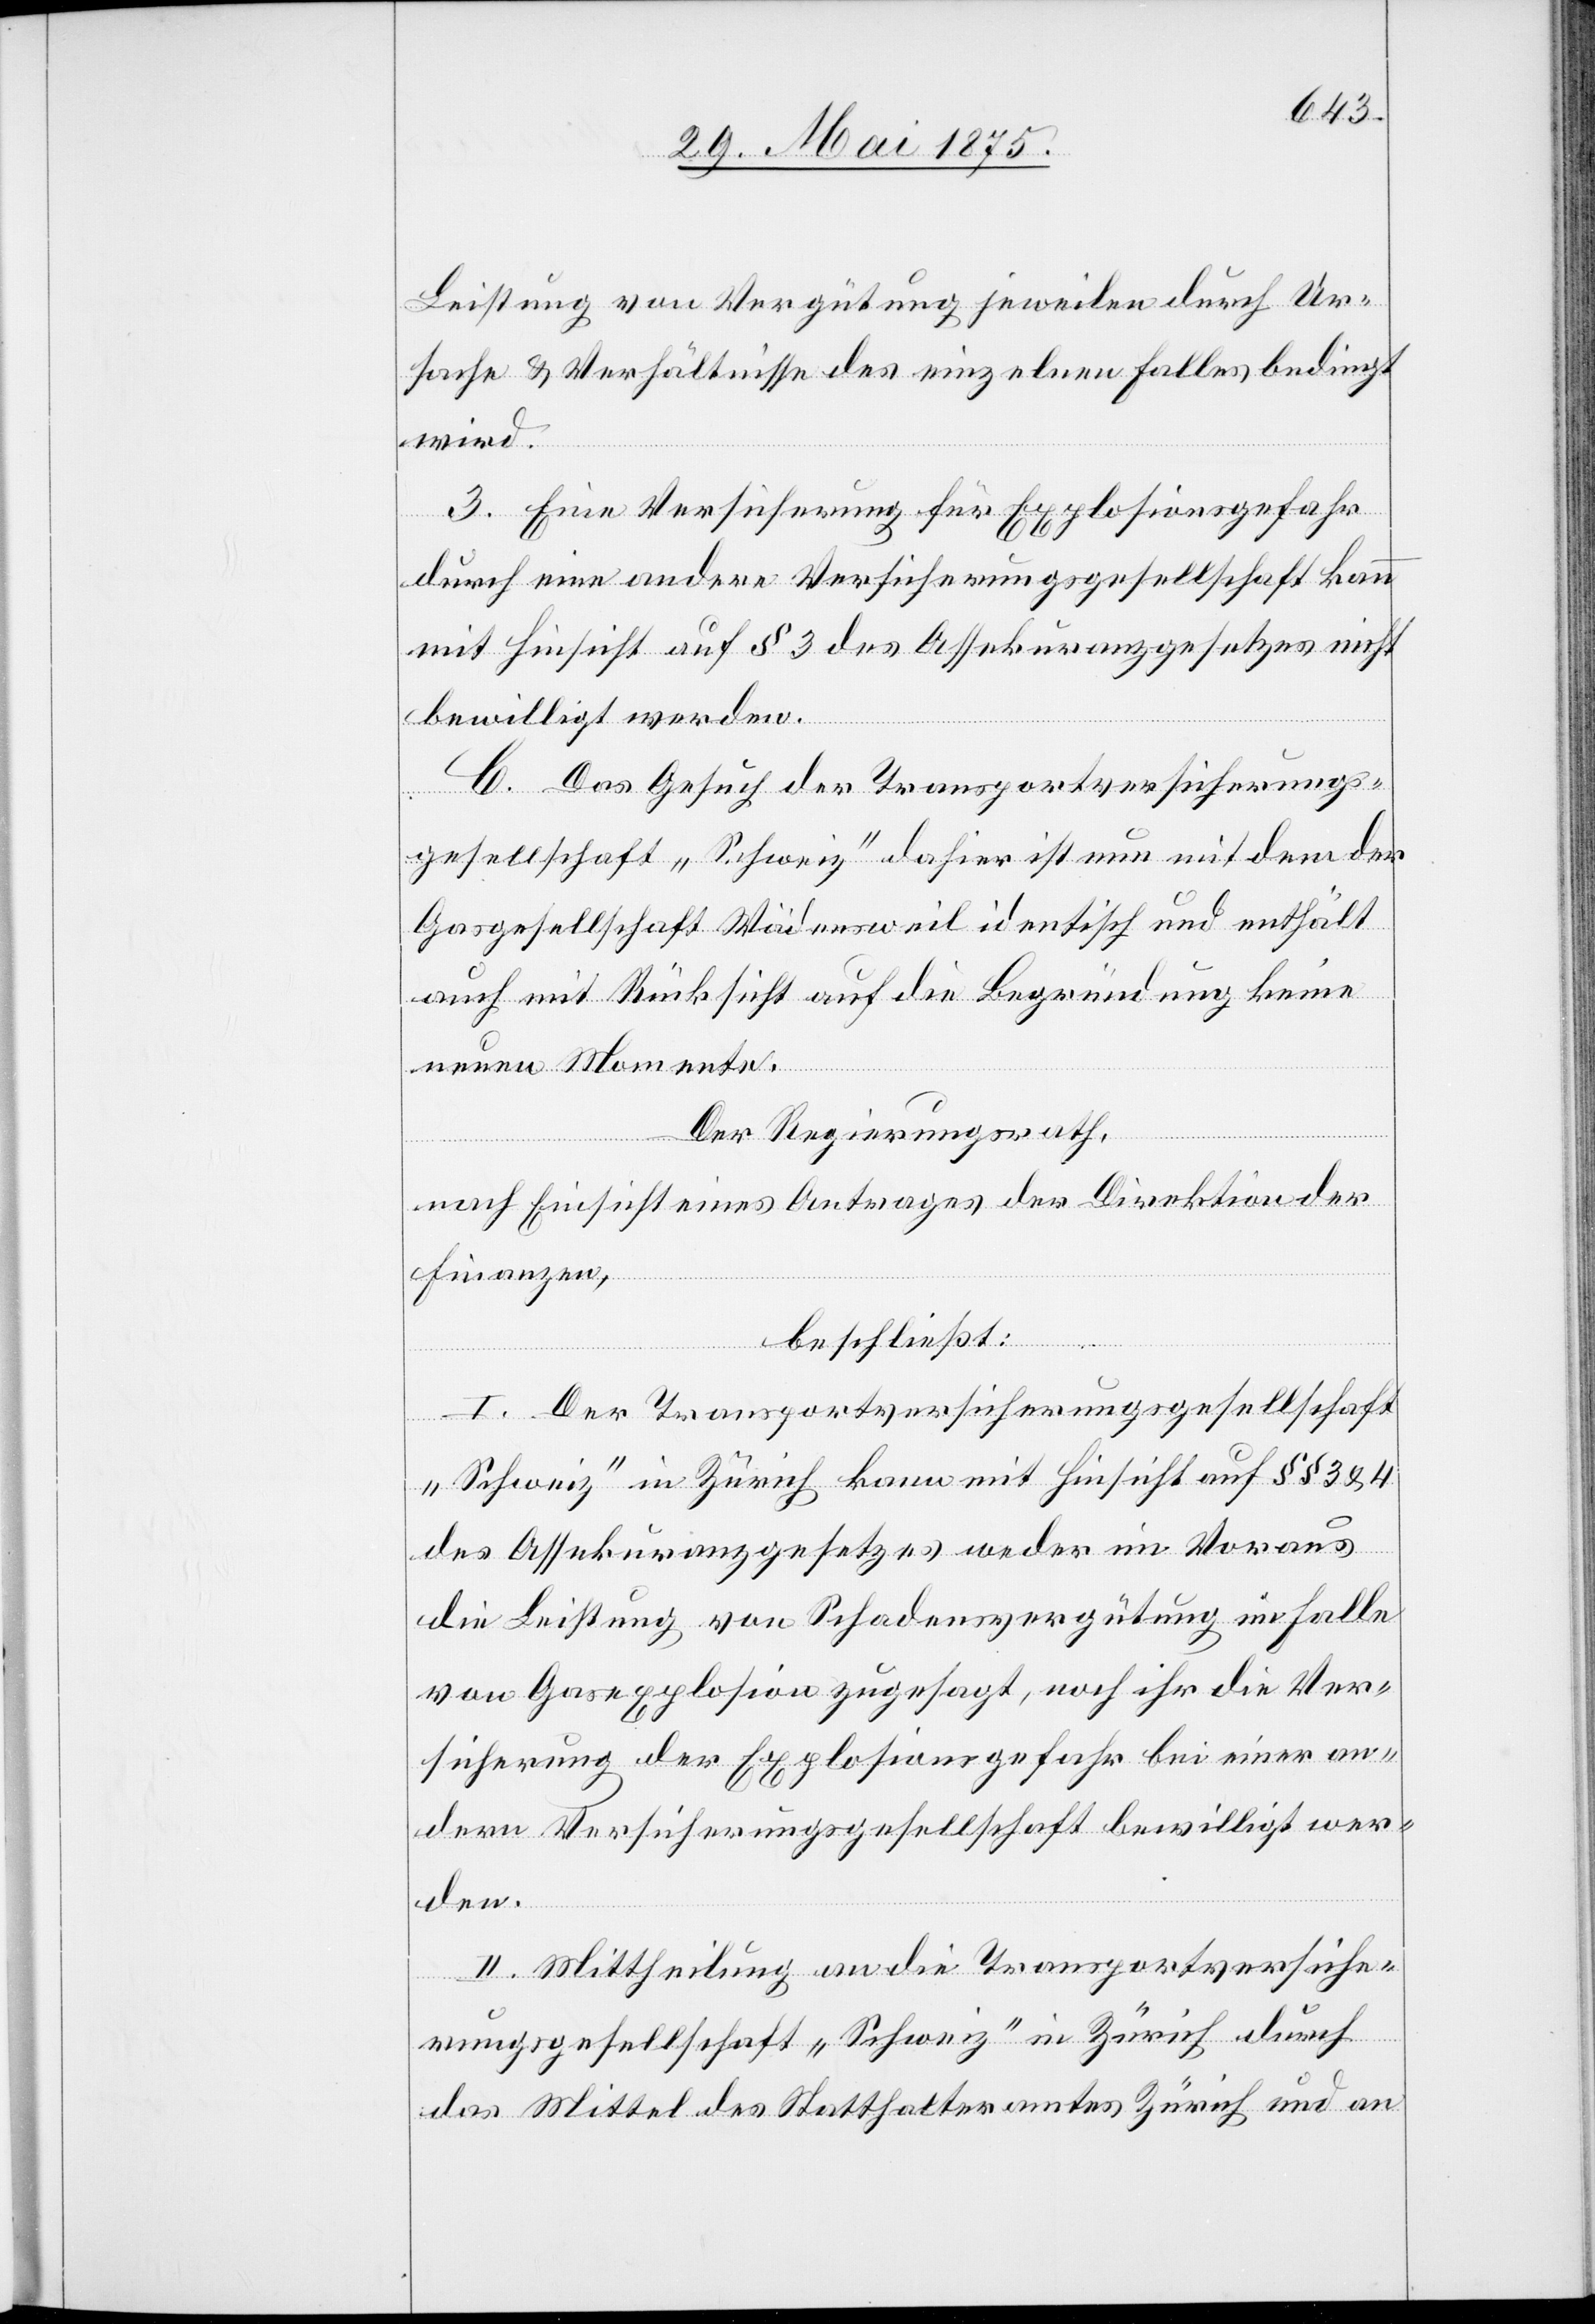
Leistung von Vergütung jeweilen durch Ur¬
sache & Verhältnisse des einzelnen Falles bedingt
wird.
3. Eine Versicherung für Explosionsgefahr
durch eine andere Versicherungsgesellschaft kann
mit Hinsicht auf § 3 des Assekuranzgesetzes nicht
bewilligt werden.
C. Das Gesuch der Transportversicherungs¬
gesellschaft „Schweiz“ dahier ist nun mit dem der
Gasgesellschaft Wädensweil identisch und enthält
auch mit Rücksicht auf die Begründung keine
neuen Momente.
Der Regierungsrath,
nach Einsicht eines Antrages der Direktion der
Finanzen,
beschließt:
I. Der Transportversicherungsgesellschaft
„Schweiz“ in Zürich kann mit Hinsicht auf §§ 3 & 4
des Assekuranzgesetzes weder im Voraus
die Leistung von Schadenvergütung im Falle
von Gasexplosion zugesagt, noch ihr die Ver¬
sicherung der Explosionsgefahr bei einer an¬
dern Versicherungsgesellschaft bewilligt wer¬
den.
II. Mittheilung an die Transportversiche¬
rungsgesellschaft „Schweiz“ in Zürich durch
das Mittel des Statthalteramtes Zürich und an